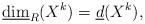
LaTeX: \begin{align*}\underline{\dim}_R(X^k)=\underline{d}(X^k),\end{align*}